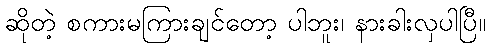
ဆိုတဲ့ စကားမကြားချင်တော့ ပါဘူး၊ နားခါးလှပါပြီ။